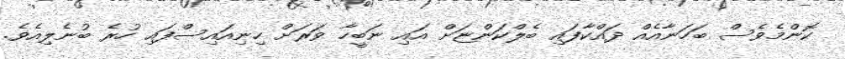
ކޮންމެވެސް ބަހަނާއެއް ދައްކާފައި ބެލްކަންޏަށް އައި ނަބީހާ ވަރަށް ހިނިއައިސްފައި ހުރެ ބުނެލިއެވެ.